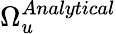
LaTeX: \Omega_{u}^{Analytical}